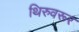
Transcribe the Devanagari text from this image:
थिरुवरूर